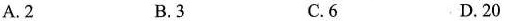
A. 2 B.3 C.6 D. 20